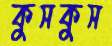
কুসকুস